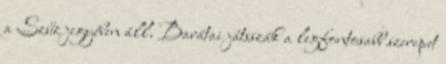
a Szűz jegyében áll. Barátai játsszák a legfontosabb szerepet